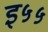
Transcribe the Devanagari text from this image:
इ५५